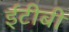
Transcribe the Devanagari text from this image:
ईटीबी